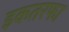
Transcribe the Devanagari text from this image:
इकतरफा